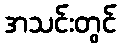
အသင်းတွင်